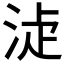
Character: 𣵕